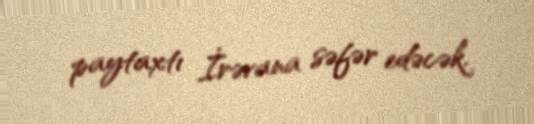
paytaxtı İrəvana səfər edəcək.